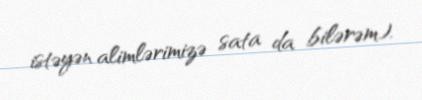
istəyən alimlərimizə sata da bilərəm).